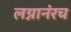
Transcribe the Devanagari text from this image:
लग्नानंरच